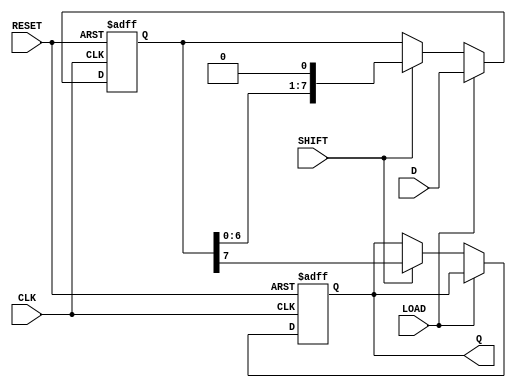
module PISO_Shift_Register #(
    parameter n = 8  // Parameter for the number of bits in the register
)(
    input wire [n-1:0] D,      // Parallel data input
    input wire LOAD,            // Load enable signal
    input wire SHIFT,           // Shift enable signal
    input wire CLK,             // Clock signal
    input wire RESET,           // Asynchronous reset signal
    output reg Q               // Serial output
);

    reg [n-1:0] REG;           // Storage register

    always @(posedge CLK or posedge RESET) begin
        if (RESET) begin
            REG <= {n{1'b0}};   // Clear the register on reset
            Q <= 1'b0;          // Clear the serial output
        end else begin
            if (LOAD) begin
                REG <= D;       // Load data into the register
            end else if (SHIFT) begin
                Q <= REG[n-1];  // Shift out the MSB to Q
                REG <= {REG[n-2:0], 1'b0}; // Shift left, LSB becomes 0
            end
        end
    end

endmodule